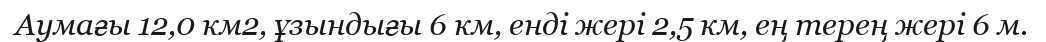
Аумағы 12,0 км2, ұзындығы 6 км, енді жері 2,5 км, ең терең жері 6 м.